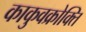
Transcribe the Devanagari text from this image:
काकुवक्रोक्ति